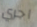
اجري